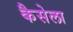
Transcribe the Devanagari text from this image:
कैसेला